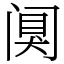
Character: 阒